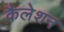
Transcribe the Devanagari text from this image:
कैलेशन